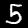
Label: 5